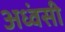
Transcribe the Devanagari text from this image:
अध्वंसी